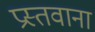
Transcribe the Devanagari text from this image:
प्रस्तवाना